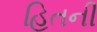
હિતની